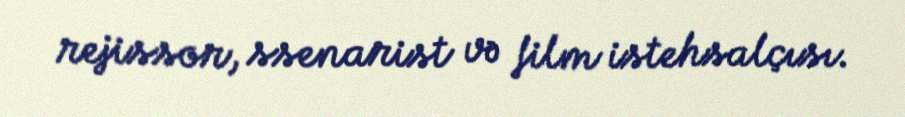
rejissor, ssenarist və film istehsalçısı.